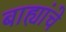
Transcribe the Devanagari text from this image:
बाह्यांचे